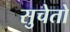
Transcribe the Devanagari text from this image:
सुचेतो